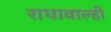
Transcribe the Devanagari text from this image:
राधावाल्ही